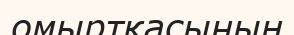
омыртқасының